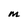
Character: M